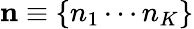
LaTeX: {\mathbf n}\equiv\{ n_{1}\cdots n_{K}\}